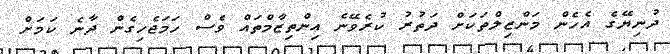
ދުނިޔޭގެ އެހެން މަންޒިލްތަކަށް ދަތުރު ކުރެވޭނެ އިންތިޒާމްތައް ވެސް ހަމަޖެހިގެން ދާނެ ކަމަށް